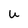
Character: U